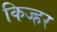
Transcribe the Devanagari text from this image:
किज्हर